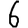
Digit: 6